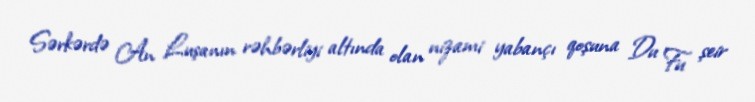
Sərkərdə An Luşanın rəhbərliyi altında olan nizami yabançı qoşuna Du Fu şeir